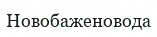
Новобаженовода